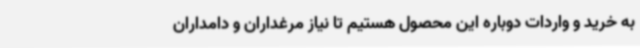
به خرید و واردات دوباره این محصول هستیم تا نیاز مرغداران و دامداران